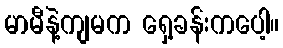
မာမီနဲ့ကျမက ရှေ့ခန်းကပေါ့။